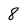
Character: 8